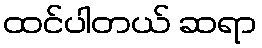
ထင်ပါတယ် ဆရာ